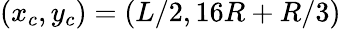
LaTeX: (x_{c},y_{c})=(L/2,16R+R/3)